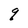
Character: q